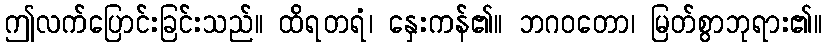
ဤလက်ပြောင်းခြင်းသည်။ ထိရတရံ၊ နှေးကန်၏။ ဘဂဝတော၊ မြတ်စွာဘုရား၏။